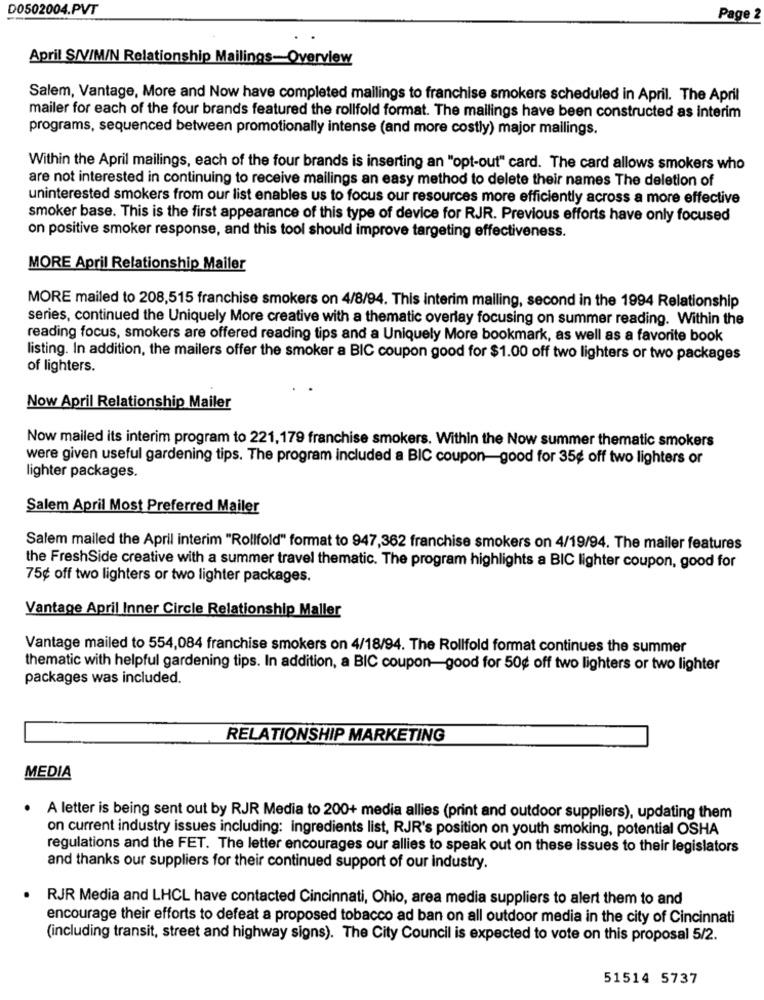
D0502004.PVT
Page
April S/V/M/N Relationship Mailings-Overview
Salem, Vantage, More and Now have completed mallings to franchise smokers scheduled in April. The April
mailer for each of the four brands featured the rollfold format. The mailings have been constructed as interim
programs, sequenced between promotionally intense (and more costly) major mailings.
Within the April mailings, each of the four brands is inserting an "opt-out" card. The card allows smokers who
are not interested in continuing to receive mailings an easy method to delete their names The deletion of
uninterested smokers from our list enables us to focus our resources more efficiently across a more effective
smoker base. This is the first appearance of this type of device for RJR. Previous efforts have only focused
on positive smoker response, and this tool should improve targeting effectiveness.
MORE April Relationship Mailer
MORE mailed to 208,515 franchise smokers on 4/8/94. This interim mailing, second in the 1994 Relationship
series, continued the Uniquely More creative with a thematic overlay focusing on summer reading. Within the
reading focus, smokers are offered reading tips and a Uniquely More bookmark, as well as a favorite book
listing. In addition, the mailers offer the smoker a BIC coupon good for $1.00 off two lighters or two packages
of lighters.
Now April Relationship Mailer
Now mailed its interim program to 221,179 franchise smokers. Within the Now summer thematic smokers
were given useful gardening tips. The program included a BIC coupon-good for 35g off two lighters or
lighter packages.
Salem April Most Preferred Mailer
Salem mailed the April interim "Rollfold" format to 947,362 franchise smokers on 4/19/94. The mailer features
the FreshSide creative with a summer travel thematic. The program highlights a BIC lighter coupon, good for
75¢ off two lighters or two lighter packages.
Vantage April Inner Circle Relationship Maller
Vantage mailed to 554,084 franchise smokers on 4/18/94. The Rollfold format continues the summer
thematic with helpful gardening tips. In addition, a BIC coupon-good for 50¢ off two lighters or two lighter
packages was included.
RELATIONSHIP MARKETING
MEDIA
. A letter is being sent out by RJR Media to 200+ media allies (print and outdoor suppliers), updating them
on current industry issues including: ingredients list, RJR's position on youth smoking, potential OSHA
regulations and the FET. The letter encourages our allies to speak out on these issues to their legislators
and thanks our suppliers for their continued support of our industry.
RJR Media and LHCL have contacted Cincinnati, Ohio, area media suppliers to alert them to and
encourage their efforts to defeat a proposed tobacco ad ban on all outdoor media in the city of Cincinnati
(including transit, street and highway signs). The City Council is expected to vote on this proposal 5/2.
51514 5737